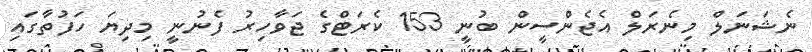
ނެޝަނަލް މިނެރަލް އެޖެންސީން ބުނީ 153 ކެރަޓްގެ ޖަވާހިރު ފެނުނީ މިދިޔަ ހަފުތާގައި